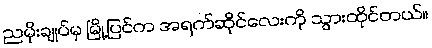
ညမိုးချုပ်မှ မြို့ပြင်က အရက်ဆိုင်လေးကို သွားထိုင်တယ်။